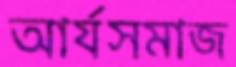
আর্যসমাজ